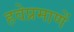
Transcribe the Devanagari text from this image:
हवेप्रमाणें